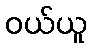
ဝယ်ယူ